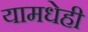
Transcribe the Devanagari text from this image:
यामधेही